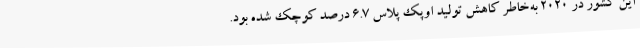
این کشور در ۲۰۲۰ به‌خاطر کاهش تولید اوپک پلاس ۶.۷ درصد کوچک شده بود.